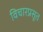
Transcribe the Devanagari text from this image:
विचारप्रसूत